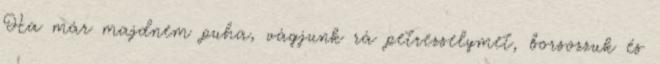
Ha már majdnem puha, vágjunk rá petrezselymet, borsozzuk és